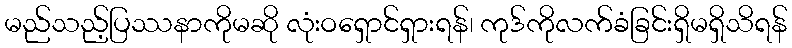
မည်သည့်ပြဿနာကိုမဆို လုံးဝရှောင်ရှားရန်၊ ကုဒ်ကိုလက်ခံခြင်းရှိမရှိသိရန်